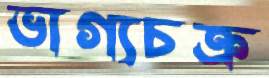
ভাগ্যচক্র